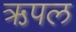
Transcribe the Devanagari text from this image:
ऋपल